Vaccination in Burma 1889-1999 - 1889-1999
Year: 1889
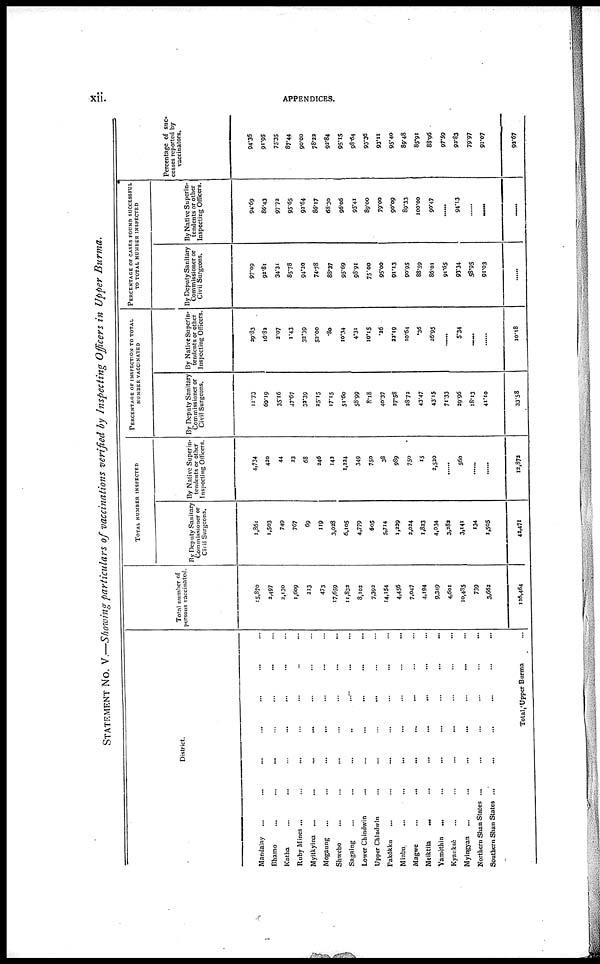
xii.
APPENDICES.
STATEMENT No. V.—Showing particulars of vaccinations verified by Inspecting Officers in Upper Burma.
District.
Mandalay ... ... ... ... ... ... ...
Bhamo
...
...
... ... ... ... ... ...
Katha ... ... ... ... ... ... ... ...
Ruby Mines ... ... ... ... ... ... ...
Myitkyina
... ... ... ...
Mogaung
...
...
...
...
...
...
Shwebo ... ... ... ... ... ... ...
Sagaing ... ... ... ... ... ... ...
Lower Chindwin ... ... ... ... ... ...
Upper Chindwin ... ... ... ... ... ...
Pakôkku ... ... ... ... ... ... ...
Minbu ... ... ... ... ... ... ...
Magwe
...
...
...
...
...
Meiktila ... ... ... ... ... ... ...
Yamethin
... ...
...
...
...
...
...
Kyaukse ... ... ... ... ... ... ...
Myingyan
...
...
...
...
...
...
Northern Shan States ...
...
...
...
...
...
Southern Shan States ... ... ... ... ... ...
Total Upper Burma ... ... ... ... ... ... ...
Total number of
persons vaccinated.
15,870
2,497
2,130
1,609
213
473
17,659
11,832
8,102
7,492
14,154
4,456
7,047
4,194
9,349
4,601
10,435
739
3,662
126,464
TOTAL NUMBER INSPECTED
By Deputy Sanitary
Commissioner or
Civil Surgeons.
1,861
1,503
749
767
69
119
3,028
6,105
4,779
605
5,714
1,229
2,024
1,823
4,034
3,282
3,141
134
1,505
42,471
By Native Superin-
tendents or other
Inspecting Officers.
4,734
420
44
23
68
246
142
1,224
349
750
38
989
750
15
2,520
...
560
......
......
12,872
PERCENTAGE OF ISNPECTION TO TOTAL
NUMBER VACCINATED
By Deputy Sanitary
Commissioner or
Civil Surgeons.
11.73
60.19
35.16
47.67
32.39
25.15
17.15
51.60
58.99
8.18
40.37
27.58
28.72
43.47
43.15
71.33
29.96
18.13
41.10
33.58
By Native Superin-
tendents or other
Inspecting Officers.
29.83
16.82
2.07
1.43
32.39
52.00
.80
10.34
4.31
10.15
.26
22.19
10.64
.36
26.95
......
5.34
......
10.18
PERCENTAGE OF CASES FOUND SUCCESSFUL
TO TOTAL NUMBER INSPECTED
By Deputy Sanitary
Commissioner or
Civil Surgeons.
97.09
92.81
34.31
85.78
94.20
74.78
88.37
95.69
98.91
75.00
95.00
91.13
90.95
88.59
86.01
91.65
93.34
58.95
91.03
......
By Native Superin-
tendents or other
Inspecting Officers.
94.69
86.43
97.73
95.65
92.64
86.17
68.30
96.06
95.41
89.00
79.00
90.09
89.33
100.00
90.47
......
94.13
......
......
......
Percentage of suc-
cesses reported by
vaccinators.
94.36
91.95
75.35
87.44
90.00
78.22
92.84
95.15
98.64
93.36
93.11
95.40
89.48
85.91
88.96
97.59
92.83
79.97
91.07
92.67